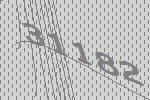
31182